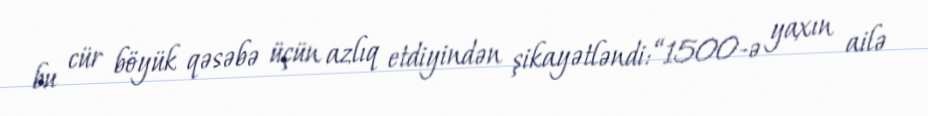
bu cür böyük qəsəbə üçün azlıq etdiyindən şikayətləndi: “1500-ə yaxın ailə